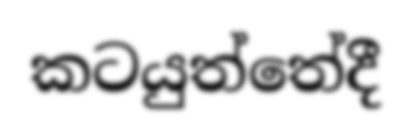
කටයුත්තේදී